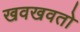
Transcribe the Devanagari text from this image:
खवखवतो